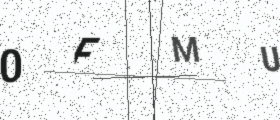
Text: 0FMU